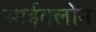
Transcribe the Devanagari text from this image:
साईक्लोन